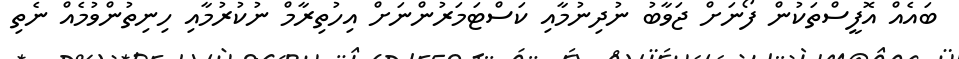
ބައެއް އޮފީސްތަކުން ފޯނަށް ޖަވާބު ނުދިނުމާއި ކަސްޓަމަރުންނަށް އިހުތިރާމް ނުކުރުމާއި ހިނިތުންވުމެއް ނެތި